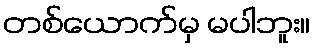
တစ်ယောက်မှ မပါဘူး။